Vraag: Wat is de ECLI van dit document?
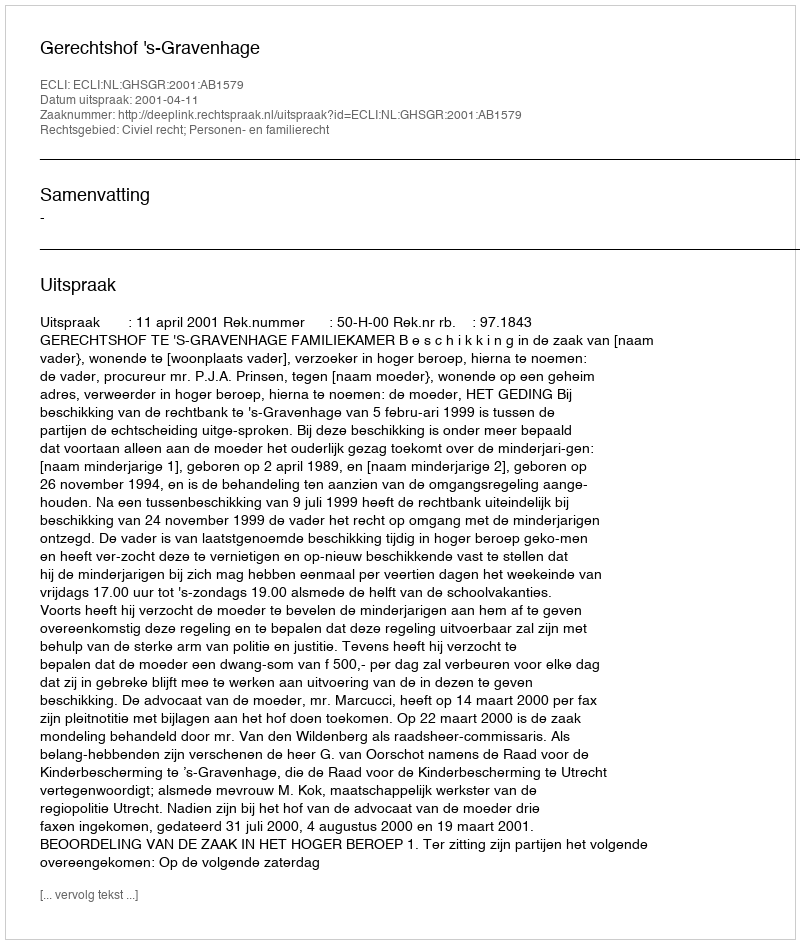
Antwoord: ECLI:NL:GHSGR:2001:AB1579